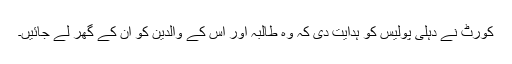
کورٹ نے دہلی پولیس کو ہدایت دی کہ وہ طالبہ اور اس کے والدین کو ان کے گھر لے جائیں۔